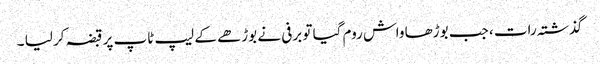
گذشتہ رات ، جب بوڑھا واش روم گیا تو برفی نے بوڑھے کے لیپ ٹاپ پر قبضہ کر لیا ۔